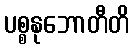
ပစ္စနုဘောတီတိ